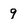
Character: 9